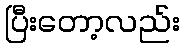
ပြီးတော့လည်း